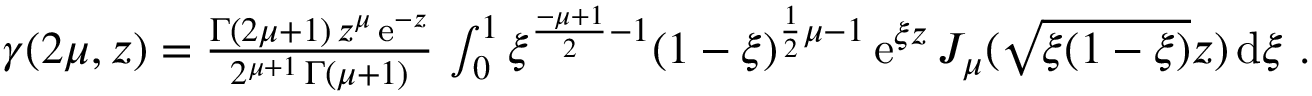
\begin{array} { r } { \gamma ( 2 \mu , z ) = \frac { \Gamma ( 2 \mu + 1 ) \, z ^ { \mu } \, \mathrm { e } ^ { - z } } { 2 ^ { \mu + 1 } \, \Gamma ( \mu + 1 ) } \, \int _ { 0 } ^ { 1 } \xi ^ { \frac { - \mu + 1 } { 2 } - 1 } ( 1 - \xi ) ^ { \frac { 1 } { 2 } \mu - 1 } \, \mathrm { e } ^ { \xi z } \, J _ { \mu } ( \sqrt { \xi ( 1 - \xi ) } z ) \, \mathrm { d } \xi \ . } \end{array}